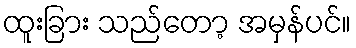
ထူးခြား သည်တော့ အမှန်ပင်။